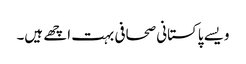
ویسے پاکستانی صحافی بہت اچھے ہیں۔